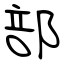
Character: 部